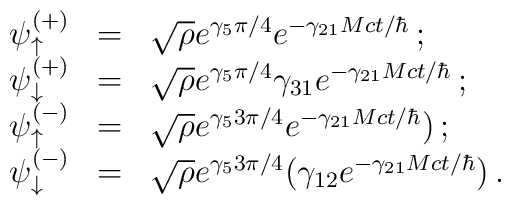
\begin{array}{rcl}\psi^{(+)}_{\uparrow} & = & \sqrt{\rho} e^{\gamma_5 \pi/4}e^{-\gamma_{21} Mc t/\hbar } \, ;  \\\psi^{(+)}_{\downarrow} & = &  \sqrt{\rho} e^{\gamma_5 \pi/4}\gamma_{31} e^{-\gamma_{21} Mc t/\hbar} \, ; \\\psi^{(-)}_{\uparrow} & = & \sqrt{\rho} e^{\gamma_5 3\pi/4}e^{-\gamma_{21} Mct/\hbar } ) \, ; \\\psi^{(-)}_{\downarrow} & = & \sqrt{\rho}  e^{\gamma_5 3\pi/4}(\gamma_{12} e^{-\gamma_{21} Mct/\hbar} )\, .\end{array}